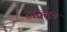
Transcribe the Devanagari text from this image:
गर्जेल